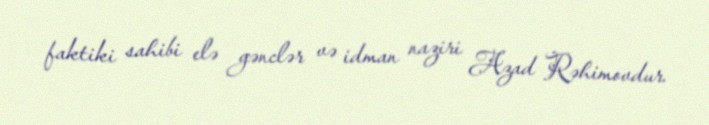
faktiki sahibi elə gənclər və idman naziri Azad Rəhimovdur.